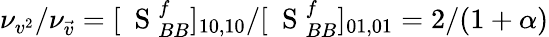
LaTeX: \nu_{v^{2}}/\nu_{\vec{v}}=[\mathrm{~\mathbf~S~}_{BB}^{f}]_{10,10}/[\mathrm{~\mathbf~S~}_{BB}^{f}]_{01,01}=2/(1+\alpha)